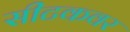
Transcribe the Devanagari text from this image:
सीटकवर